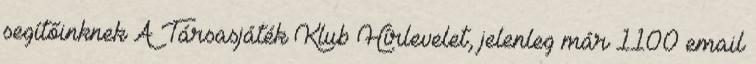
segítőinknek A Társasjáték Klub Hírlevelet, jelenleg már 1100 email